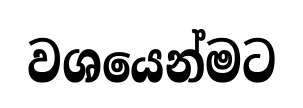
වශයෙන්මට